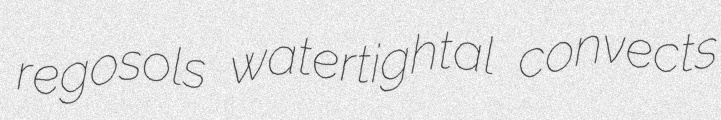
regosols watertightal convects